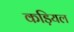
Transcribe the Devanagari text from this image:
कड़ियल